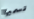
تسميها